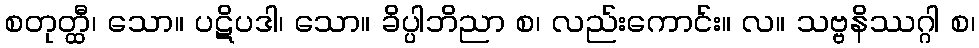
စတုတ္ထီ၊ သော။ ပဋိပဒါ၊ သော။ ခိပ္ပါဘိညာ စ၊ လည်းကောင်း။ လ။ သဗ္ဗနိဿဂ္ဂါ စ၊